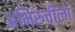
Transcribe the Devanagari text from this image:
अभिरुचीला